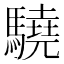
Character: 驍